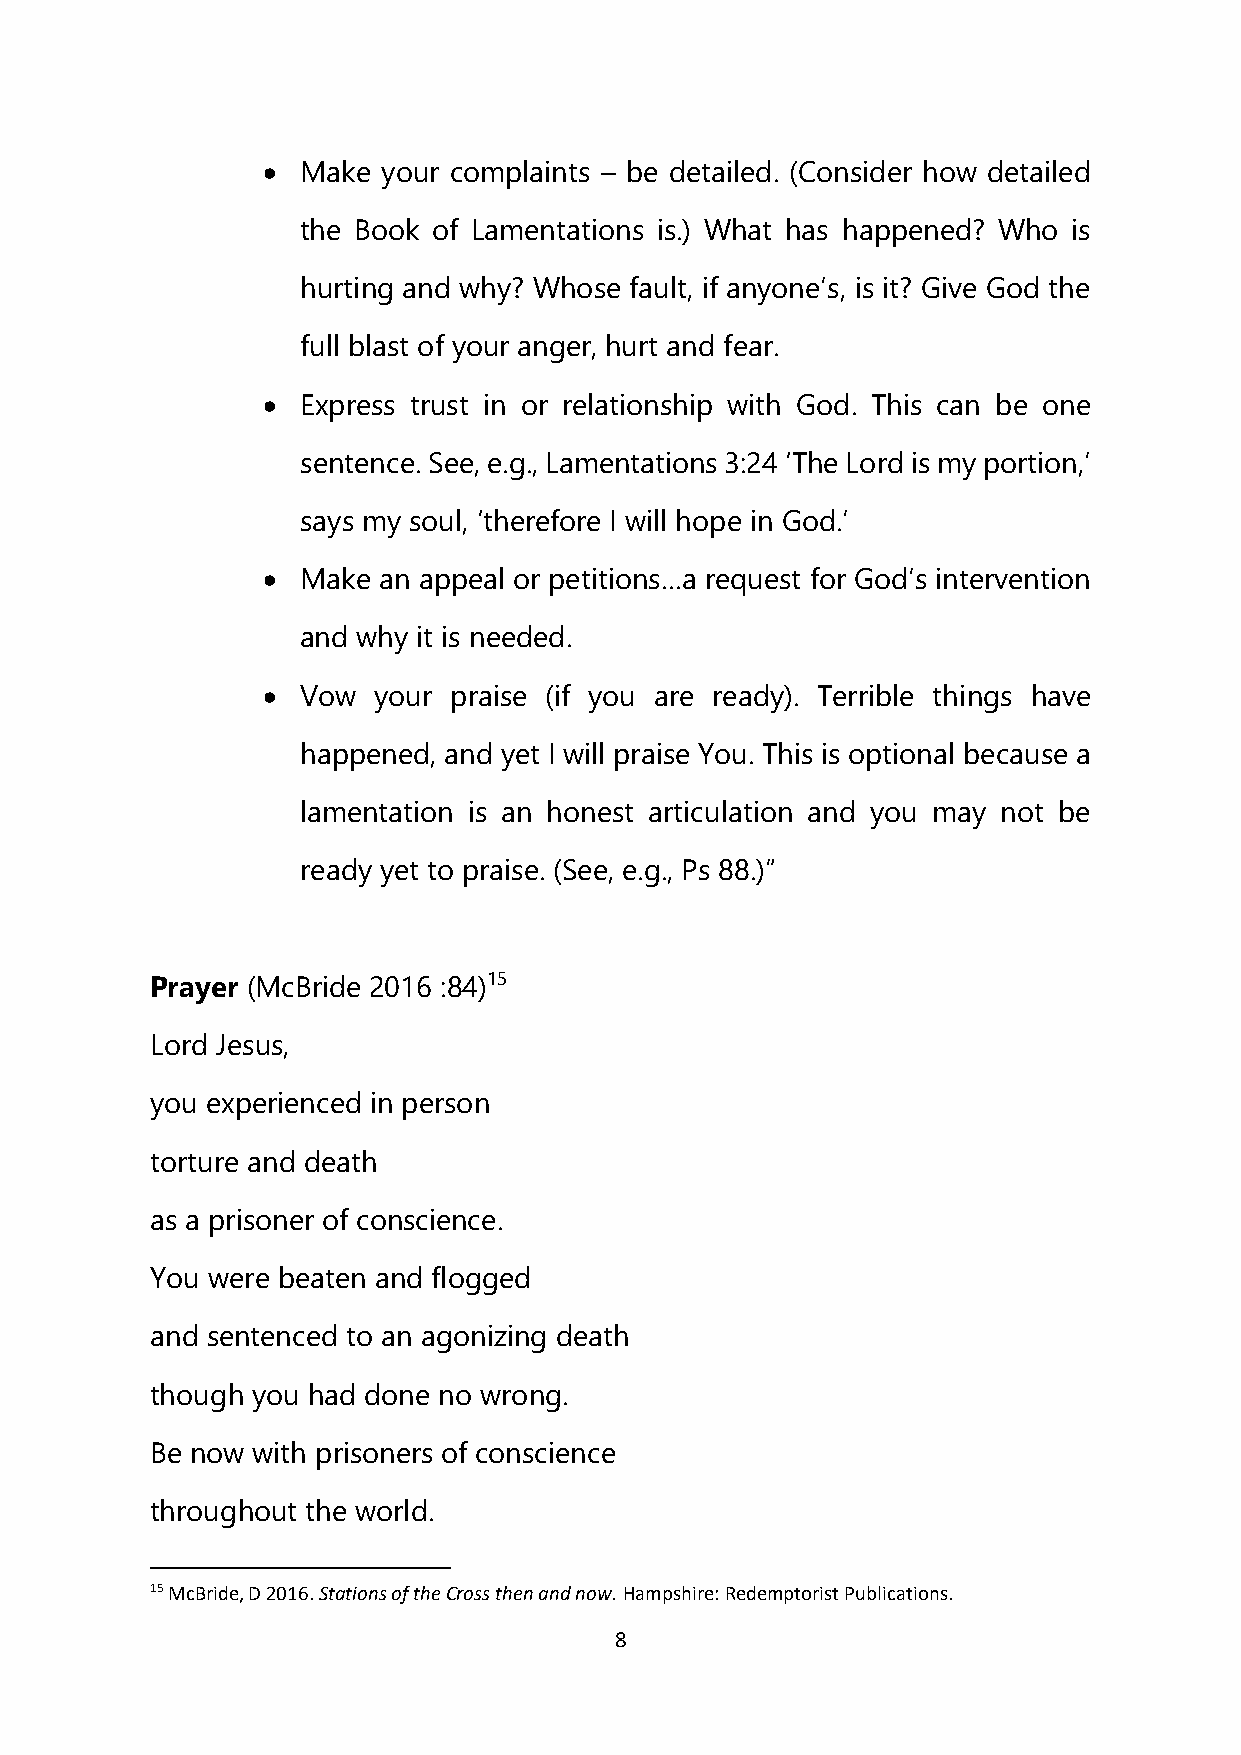
•  Make your complaints – be detailed. (Consider how detailed
 the Book of Lamentations is.) What has happened? Who is
 hurting and why? Whose fault, if anyone’s, is it? Give God the
 full blast of your anger, hurt and fear.
 •  Express trust in or relationship with God. This can be one
 sentence. See, e.g., Lamentations 3:24 ‘The Lord is my portion,’
 says my soul, ‘therefore I will hope in God.’
 •  Make an appeal or petitions…a request for God’s intervention
 and why it is needed.
 •  Vow  your praise (if you are ready). Terrible things have
 happened, and yet I will praise You. This is optional because a
 lamentation is an honest articulation and you may not be
 ready yet to praise. (See, e.g., Ps 88.)”
 Prayer (McBride 2016 :84)15
 Lord Jesus,
 you experienced in person
 torture and death
 as a prisoner of conscience.
 You were beaten and flogged
 and sentenced to an agonizing death
 though you had done no wrong.
 Be now with prisoners of conscience
 throughout the world.
 15 McBride, D 2016. Stations of the Cross then and now. Hampshire: Redemptorist Publications.
 8